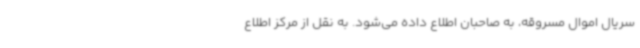
سریال اموال مسروقه، به صاحبان اطلاع داده می‌شود. به نقل از مرکز اطلاع